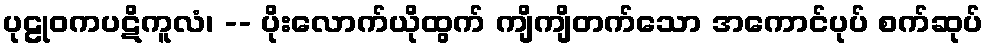
ပုဠုဝကပဋိကူလံ၊ -- ပိုးလောက်ယိုထွက် ကျိကျိတက်သော အကောင်ပုပ် စက်ဆုပ်